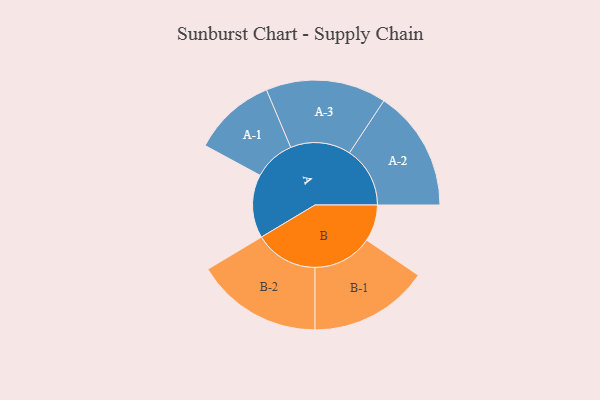
{"axis": {"x": "Segment", "y": "Value"}, "legend": ["", "A", "B"], "data": [{"x": "A", "y": 236, "type": ""}, {"x": "B", "y": 136, "type": ""}, {"x": "A-1", "y": 154, "type": "A"}, {"x": "A-2", "y": 225, "type": "A"}, {"x": "A-3", "y": 224, "type": "A"}, {"x": "B-1", "y": 222, "type": "B"}, {"x": "B-2", "y": 235, "type": "B"}]}